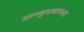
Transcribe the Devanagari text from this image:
माण्डुक्यायन।